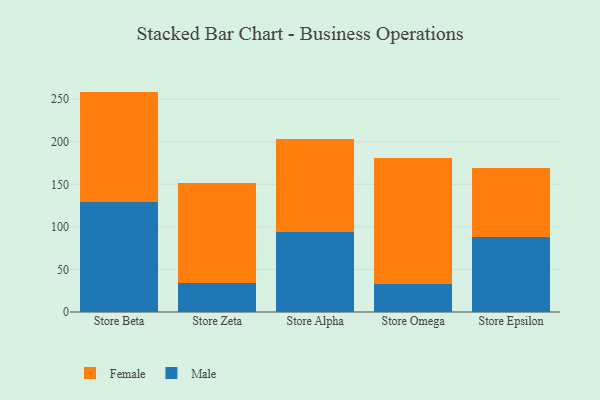
{"axis": {"x": "Store", "y": "Bounce Rate (%)"}, "legend": ["Female", "Male"], "data": [{"x": "Store Beta", "y": 128.8, "type": "Male"}, {"x": "Store Beta", "y": 130.1, "type": "Female"}, {"x": "Store Zeta", "y": 33.7, "type": "Male"}, {"x": "Store Zeta", "y": 117.4, "type": "Female"}, {"x": "Store Alpha", "y": 94.2, "type": "Male"}, {"x": "Store Alpha", "y": 108.6, "type": "Female"}, {"x": "Store Omega", "y": 33.3, "type": "Male"}, {"x": "Store Omega", "y": 147.1, "type": "Female"}, {"x": "Store Epsilon", "y": 87.6, "type": "Male"}, {"x": "Store Epsilon", "y": 81.8, "type": "Female"}]}